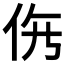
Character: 𱎩